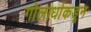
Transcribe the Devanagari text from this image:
गोलार्धाकडून